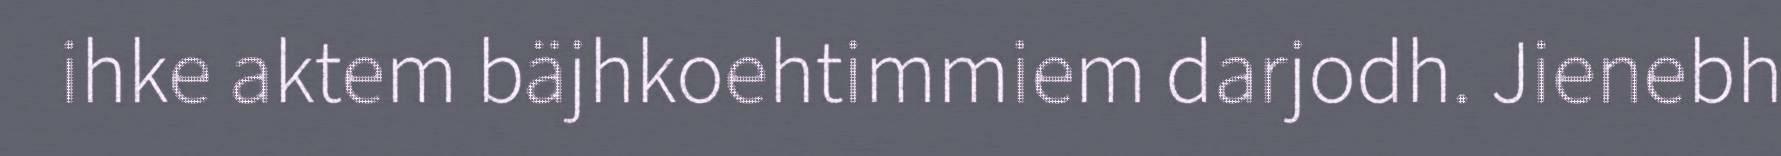
ihke aktem bäjhkoehtimmiem darjodh. Jienebh